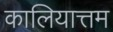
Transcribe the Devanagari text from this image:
कालियात्तम